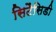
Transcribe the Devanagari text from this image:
सिटैसिडी